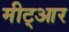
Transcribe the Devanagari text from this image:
मीट्आर